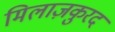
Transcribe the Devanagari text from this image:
मिलाज़कुरद